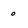
Character: o